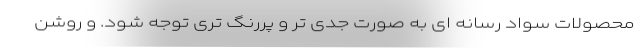
محصولات سواد رسانه ای به صورت جدی تر و پررنگ تری توجه شود. و روشن